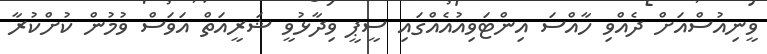
ވީނިއުސްއަށް ދެއްވި ހާއްސަ އިންޓަވިއުއެއްގައި ސީޕީ ވިދާޅުވީ ޝަރީއަތް އަވަސް ވުމުން ކުށްކުރާ